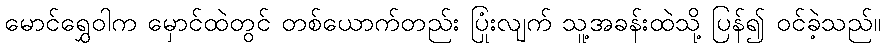
မောင်ရွှေဝါက မှောင်ထဲတွင် တစ်ယောက်တည်း ပြုံးလျက် သူ့အခန်းထဲသို့ ပြန်၍ ဝင်ခဲ့သည်။